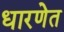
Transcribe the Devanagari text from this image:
धारणेत